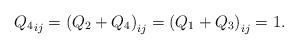
LaTeX: \begin{align*}{Q_4}_{ij} = \left(Q_2+Q_4\right)_{ij} = \left(Q_1+Q_3\right)_{ij} = 1.\end{align*}